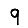
Digit: 9